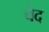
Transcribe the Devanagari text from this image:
चेद